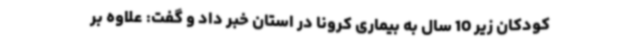
کودکان زیر 10 سال به بیماری کرونا در استان خبر داد و گفت: علاوه بر